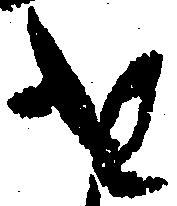
を